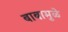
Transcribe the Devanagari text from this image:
बाबामुळे